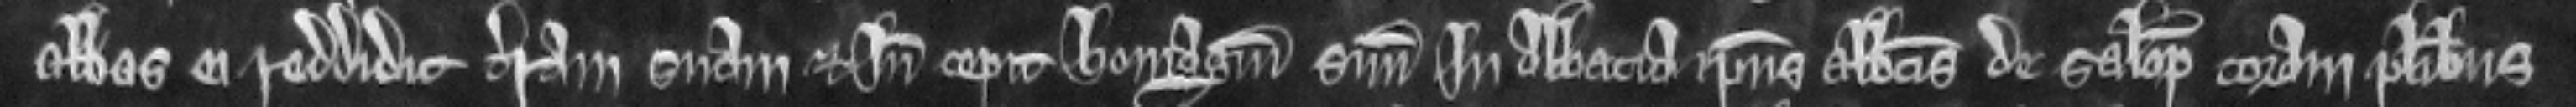
Abbas ei reddidit terram suam et inde cepit homagium suum in abbacia ipsius Abbatis de Salop coram pluribus